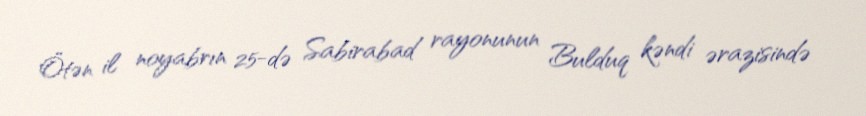
Ötən il noyabrın 25-də Sabirabad rayonunun Bulduq kəndi ərazisində